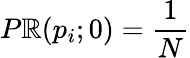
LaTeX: P\mathbb{R}(p_{i};0)={\frac{{1}}{{N}}}